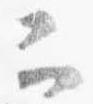
二